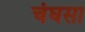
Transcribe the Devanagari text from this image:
चंघसा